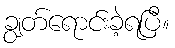
ချွတ်ရောင်းခဲ့ရပြီ။